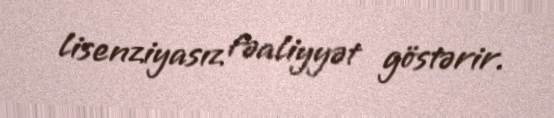
lisenziyasız fəaliyyət göstərir.